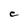
Character: C